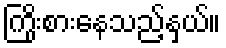
ကြိုးစားနေသည့်နှယ်။